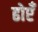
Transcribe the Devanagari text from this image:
ढोएँ